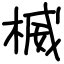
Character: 楲